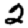
Digit: 2